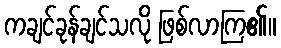
ကချင်ခုန်ချင်သလို ဖြစ်လာကြ၏။